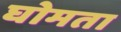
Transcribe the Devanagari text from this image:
घोमता